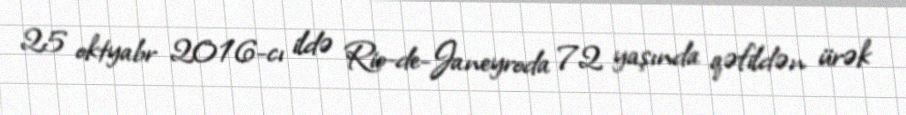
25 oktyabr 2016-cı ildə Rio-de-Janeyroda 72 yaşında qəfildən ürək